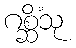
ဂစ္ဆိံသု